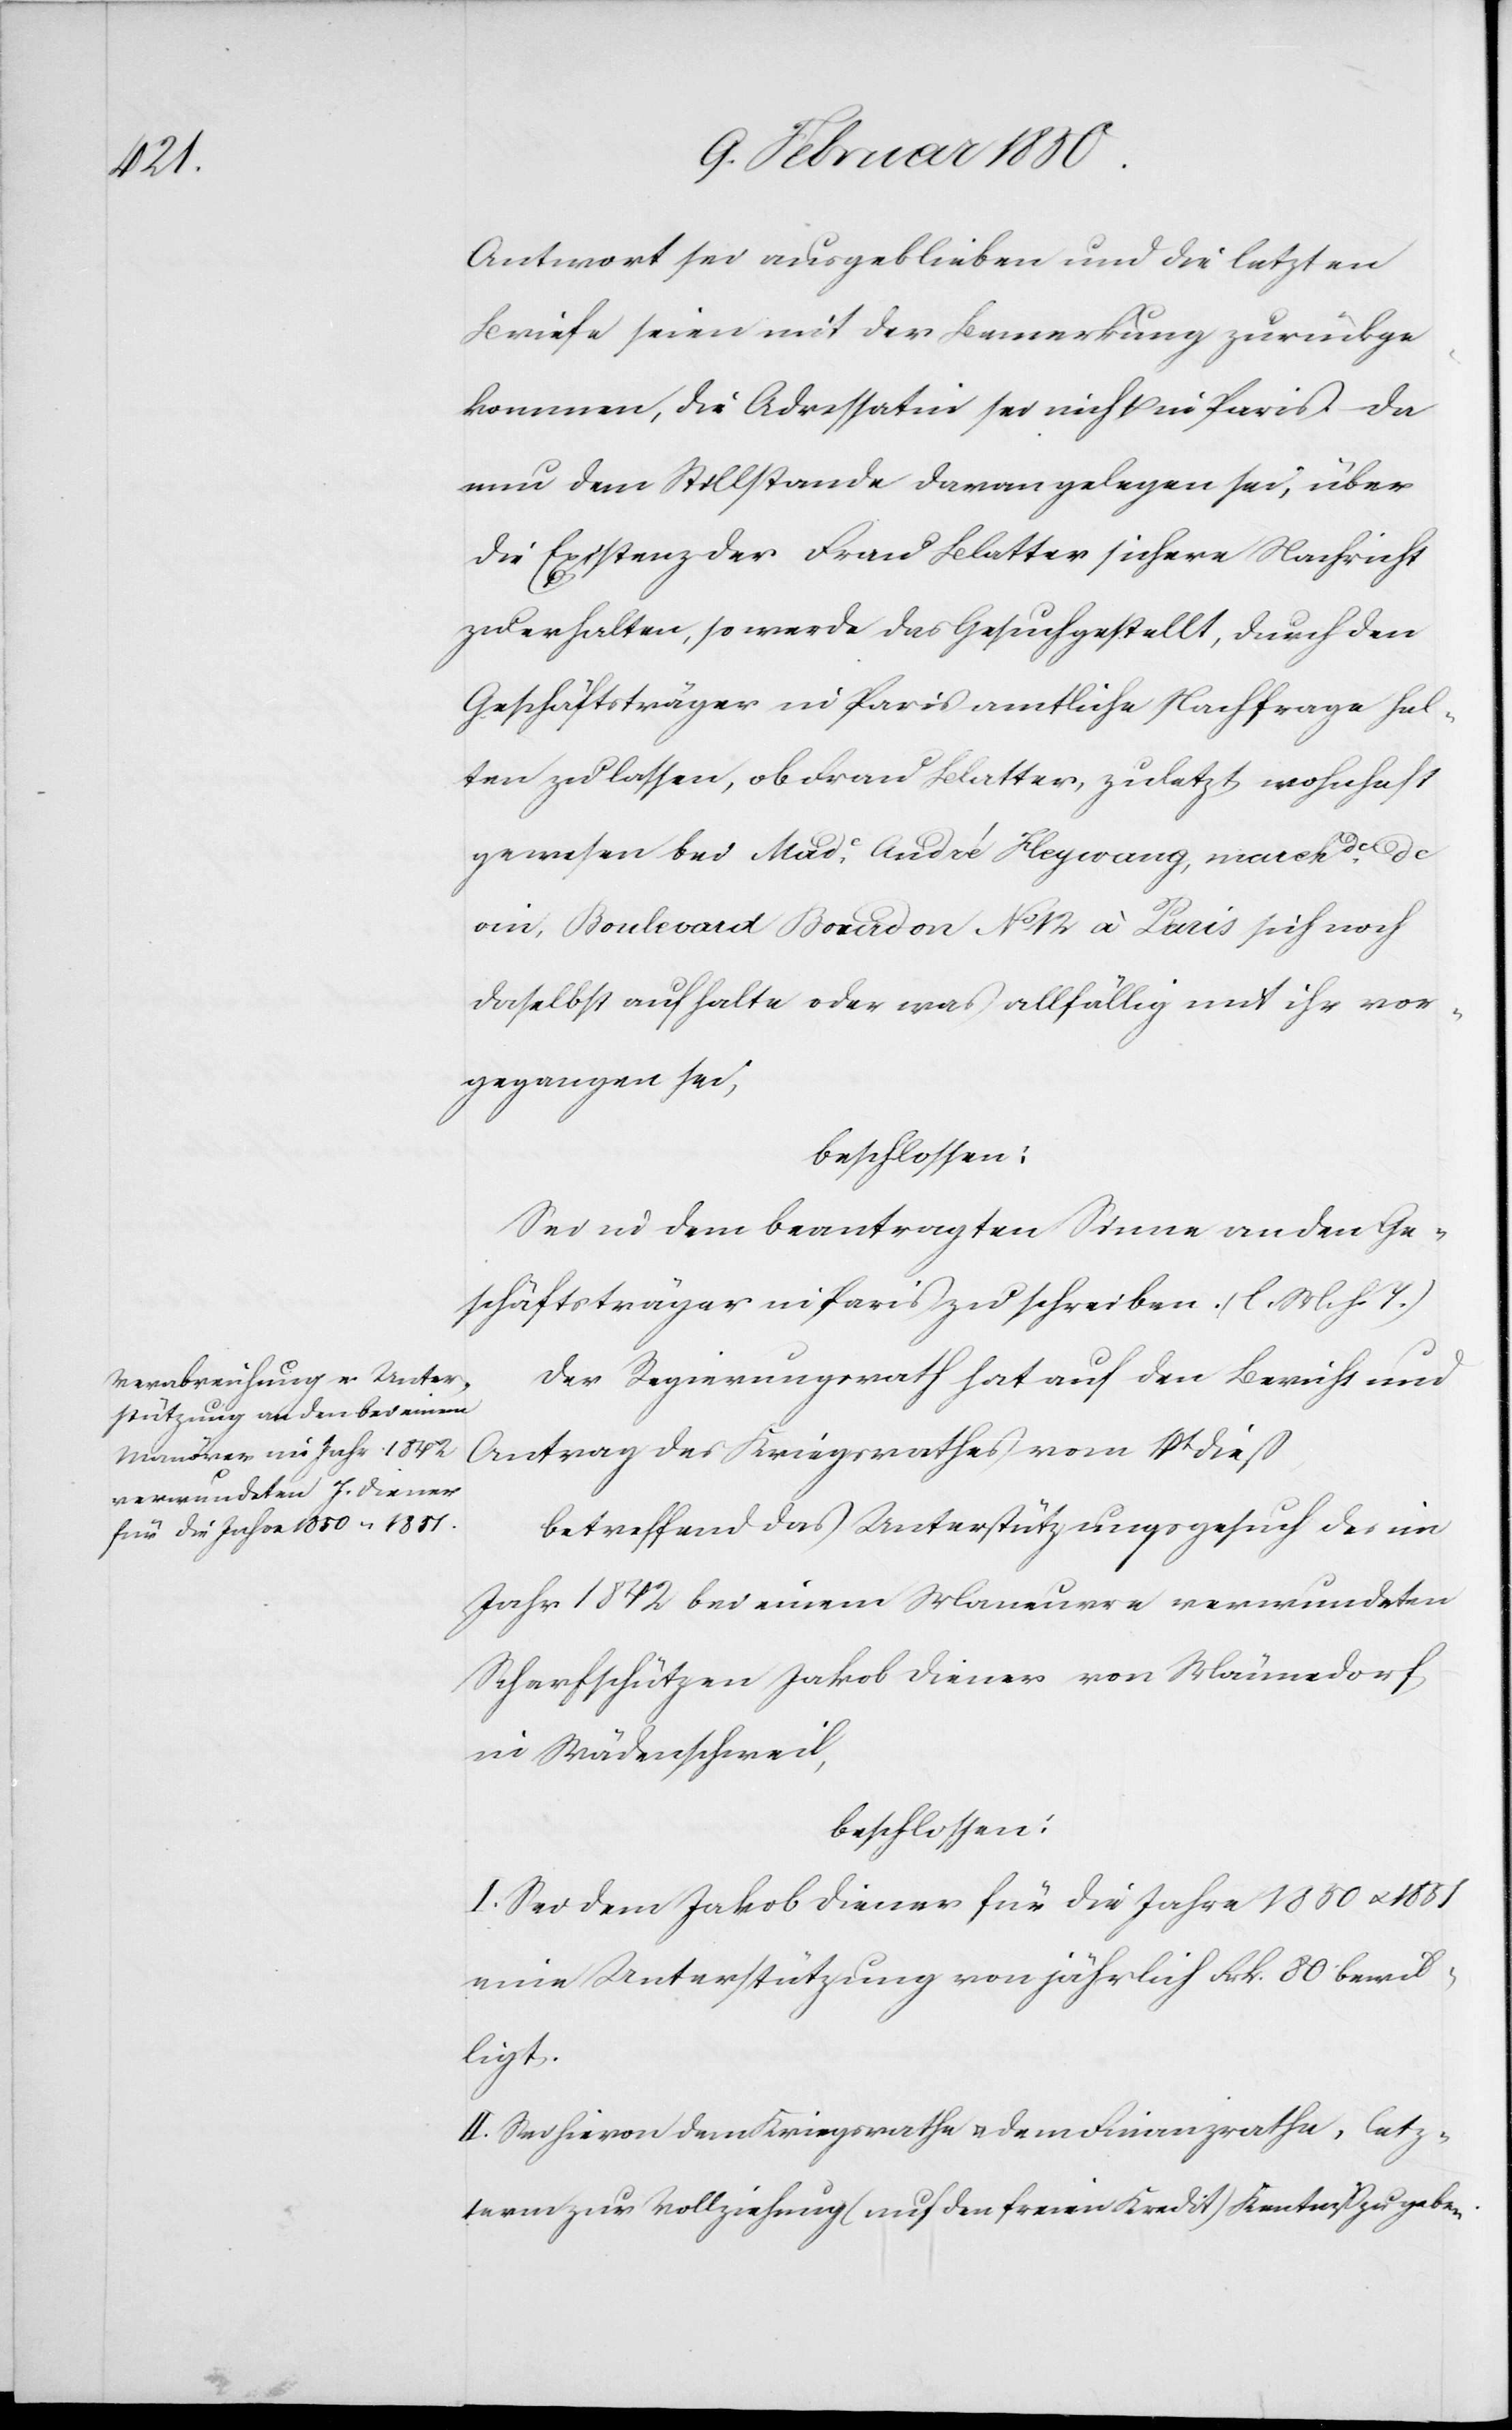
Made.

Antwort sei ausgeblieben und die letzten
Briefe seien mit der Bemerkung zurückge¬
kommen, die Adressatin sei nicht in Paris. Da
nun dem Stillstande daran gelegen sei, über
die Existenz der Frau Blatter sichere Nachricht
zu erhalten, so werde das Gesuch gestellt, durch den
Geschäftsträger in Paris amtliche Nachfrage hal¬
ten zu lassen, ob Frau Blatter, zuletzt wohnhaft
vin, Boulevard Bourdon No 12 à Paris sich noch
daselbst aufhalte oder was allfällig mit ihr vor¬
gegangen sei,
beschlossen:
Sei in dem beantragten Sinne an den Ge¬
schäftsträger in Paris zu schreiben (l. M. h. T.)
Der Regierungsrath hat auf den Bericht und
Antrag des Kriegsrathes vom 1st dieß
betreffend das Unterstützungsgesuch des im
Jahr 1842 bei einem Maneuvre verwundeten
Scharfschützen Jakob Diener von Männedorf
in Wädenschweil,
beschlossen:
I. Sei dem Jakob Diener für die Jahre 1850 u. 1851
eine Unterstützung von jährlich Frk. 80 bewil¬
ligt.
II. Sei hievon dem Kriegsrathe u. dem Finanzrathe, letz¬
term zur Vollziehung (auf den freien Kredit) Kenntniß zu geben.